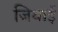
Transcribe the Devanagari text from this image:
जियाई